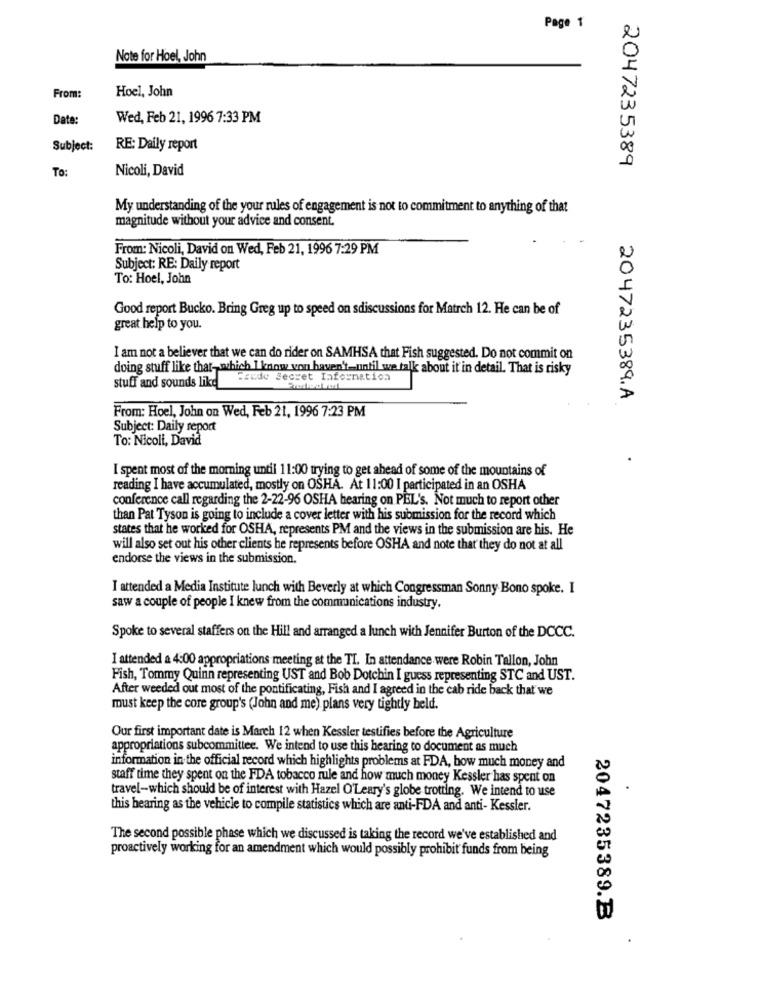
Page 1
Note for Hoel, John
Hoel, John
From:
Date:
Wed, Feb 21, 1996 7:33 PM
Subject:
RE: Daily report
2047235389
To:
Nicoli, David
My understanding of the your rules of engagement is not to commitment to anything of that
magnitude without your advice and consent.
From: Nicoli, David on Wed, Feb 21, 1996 7:29 PM
Subject: RE: Daily report
To: Hoel, John
Good report Bucko. Bring Greg up to speed on sdiscussions for Matrch 12. He can be of
great help to you.
I am not a believer that we can do rider on SAMHSA that Fish suggested. Do not commit on
doing stuff like that-which I know von haven't-until we talk about it in detail. That is risky
Saude Secret Information
stuff and sounds like
2047235389.A
From: Hoel, John on Wed, Feb 21, 1996 7:23 PM
Subject: Daily report
To: Nicoli, David
I spent most of the morning until 11:00 trying to get ahead of some of the mountains of
reading I have accumulated, mostly on OSHA. At 11:00 I participated in an OSHA
conference call regarding the 2-22-96 OSHA bearing on PEL's. Not much to report other
than Pat Tyson is going to include a cover letter with his submission for the record which
states that he worked for OSHA, represents PM and the views in the submission are his. He
will also set out his other clients he represents before OSHA and note that they do not at all
endorse the views in the submission.
I attended a Media Institute lunch with Beverly at which Congressman Sonny Bono spoke. I
saw a couple of people I knew from the communications industry.
Spoke to several staffers on the Hill and arranged a lunch with Jennifer Burton of the DCCC.
I attended a 4:00 appropriations meeting at the TI. In attendance were Robin Tallon, John
Fish, Tommy Quinn representing UST and Bob Dotchin I guess representing STC and UST.
After weeded out most of the pontificating, Fish and I agreed in the cab ride back that we
must keep the core group's (John and me) plans very tightly beld.
Our first important date is March 12 when Kessler testifies before the Agriculture
appropriations subcommittee. We intend to use this hearing to document as much
information in the official record which highlights problems at FDA, bow much money and
staff time they spent on the FDA tobacco rule and how much money Kessler has spent on
travel-which should be of interest with Hazel O'Leary's globe trotting. We intend to use
.
this hearing as the vehicle to compile statistics which are anti-FDA and anti- Kessler.
The second possible phase which we discussed is taking the record we've established and
proactively working for an amendment which would possibly prohibit funds from being
2047235389.B